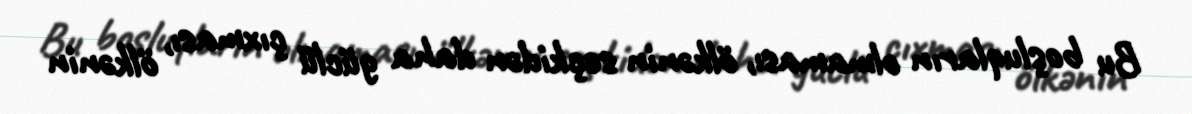
Bu boşluqların olmaması, ölkənin seçkidən daha güclü çıxması, ölkənin